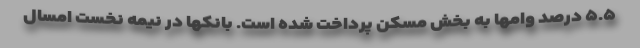
۵.۵ درصد وامها به بخش مسکن پرداخت شده است. بانکها در نیمه نخست امسال